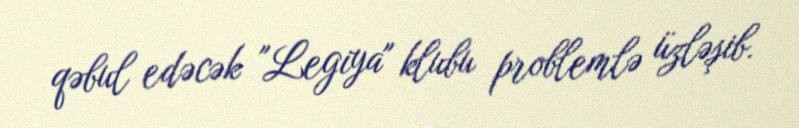
qəbul edəcək "Legiya" klubu problemlə üzləşib.